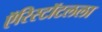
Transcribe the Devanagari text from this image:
ऍरिस्टॉटलला